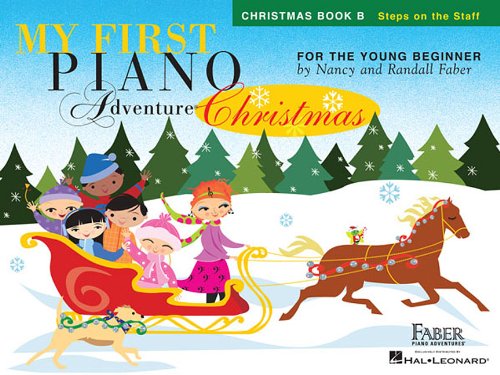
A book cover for My First Piano Adventure  Christmas - Book B: Steps on the Staff; Arts & Photography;